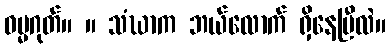
ဓမ္မဂုတ်။ ။ သံဃာက ဘယ်လောက် ရှိနေပြီလဲ။